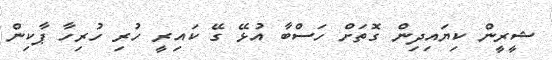
ޝީރީން ކިޔައިދިން ގޮތަށް ހަސްބާ އުޅޭ ގޭ ކައިރީ ހުރި ހުރިހާ ޕާކިން